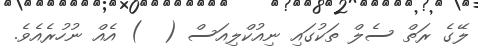
ލޭގެ ރަތް ސެލް ތަކުގައި ނިއުކްލިއަސް (  ) އެއް ނުހުރެއެވެ.